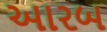
આરબ